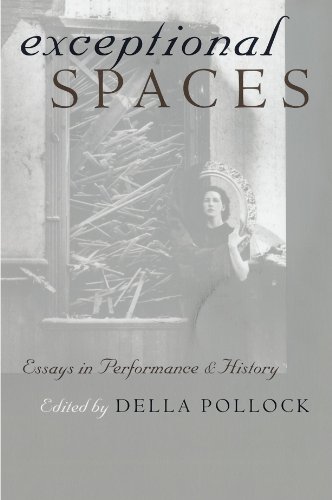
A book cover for Exceptional Spaces: Essays in Performance and History; History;